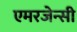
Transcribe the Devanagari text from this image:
एमरजेन्सी